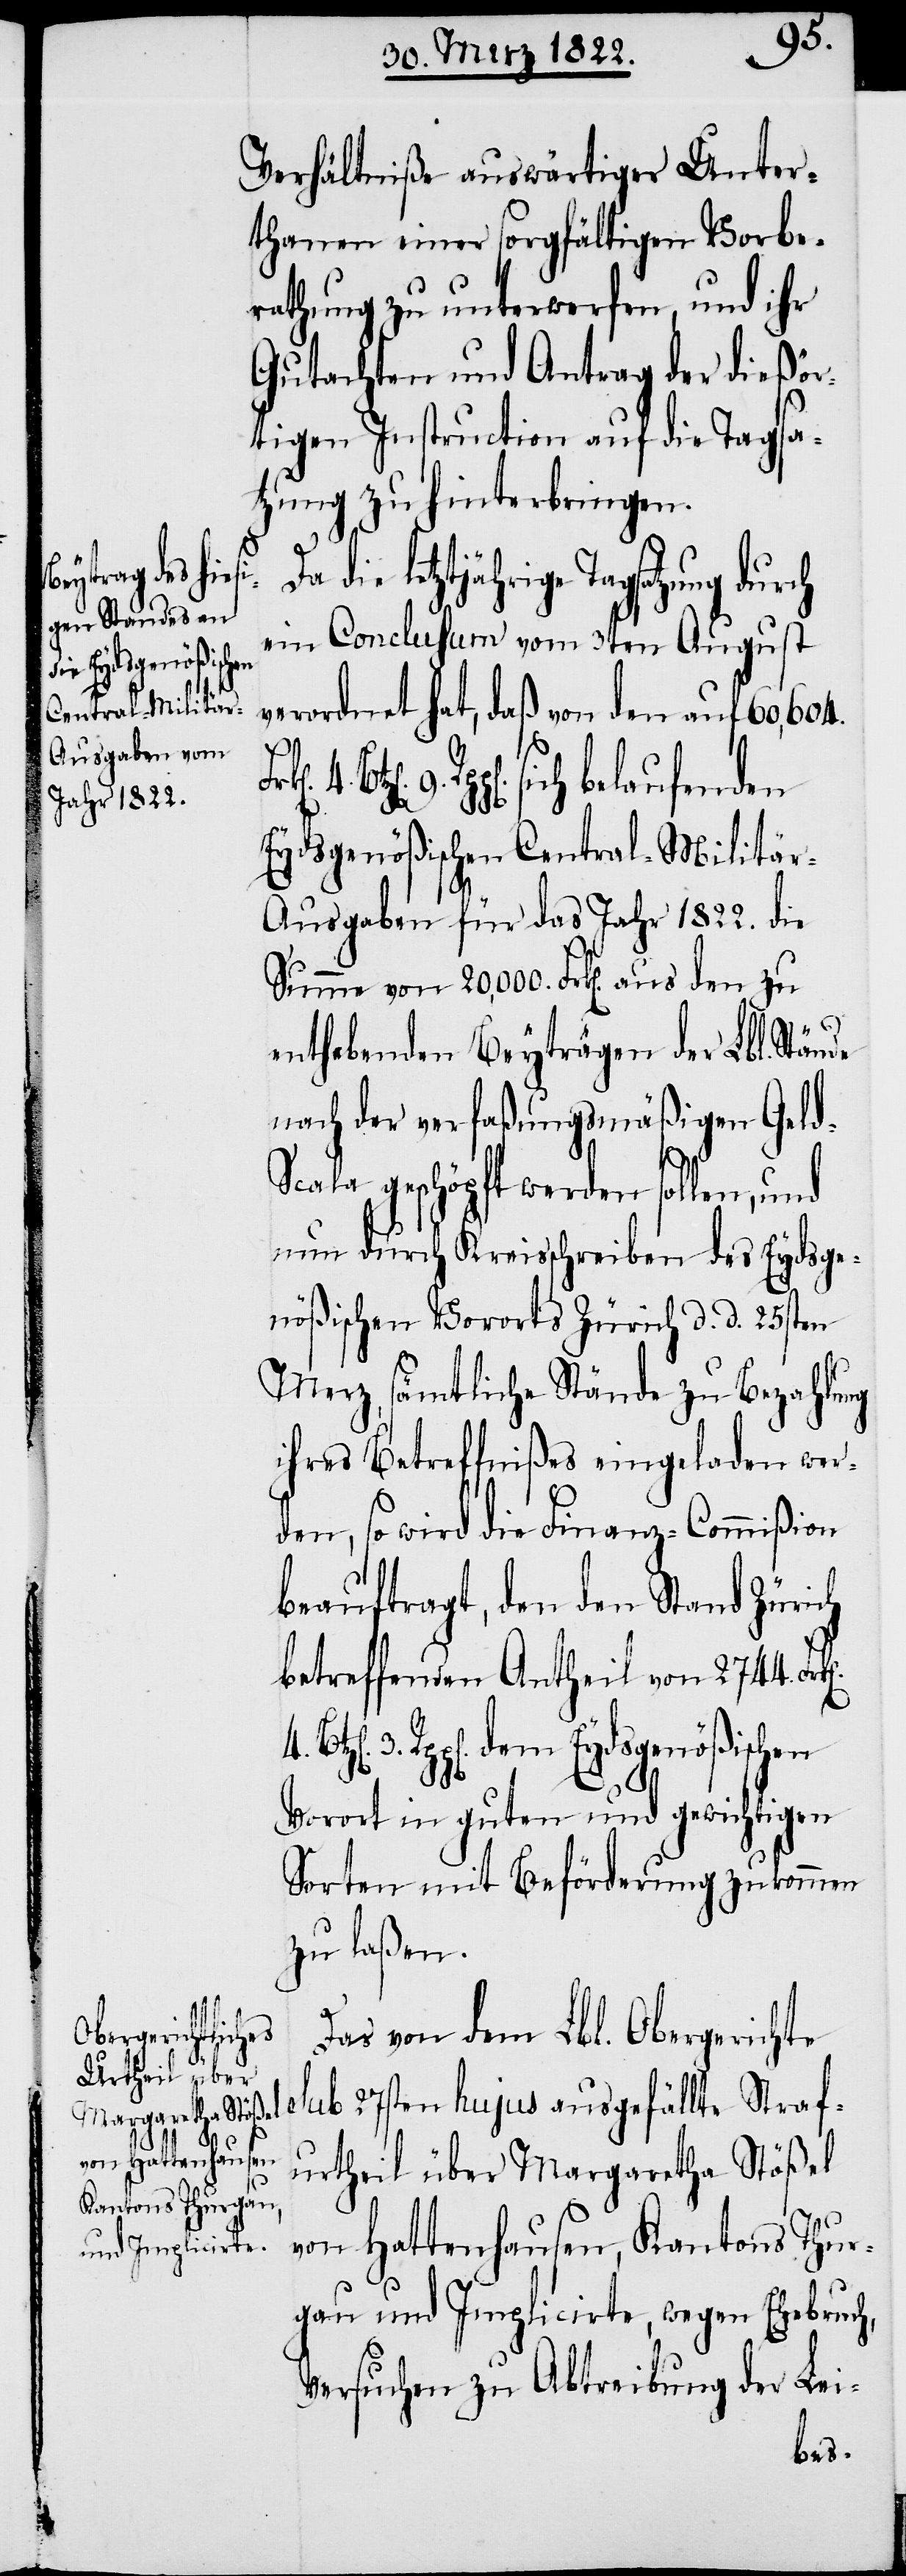
Verhältniße auswärtiger Unter¬
thanen einer sorgfältigen Vorbe¬
rathung zu unterwerfen, und ihr
Gutachten und Antrag der dießör¬
tigen Instruction auf die Tagsa¬
tzung zu hinterbringen.
letztjährige Tagsatzung durch
ein Conclusum vom 3ten August
verordnet hat, daß von den auf 60,604.
4.
Rpp[en]. sich belaufenden
Eydsgenößischen Central-Militä¬
r-Ausgaben für das Jahr 1822. die
Summe von 20,000. Frk[en]. aus den zu
enthebenden Beyträgen der Lbl. Stände
nach der verfaßungsmäßigen Gel¬
cala geschöpft werden sollen, und
nun durch Kreisschreiben des Eydsge¬
nößischen Vororts Zürich d. d. 25sten
Merz, sämtliche Stände zu Bezahlung
ihres Betreffnißes eingeladen wer¬
den, so wird die Finanz-Commißion
beauftragt, den den Stand Zürich
betreffenden Antheil von 2744. Fr¬
Rpp[en]. dem Eydsgenößischen
Vorort mit guten und gewichtigen
Sorten mit Beförderung zukommen
zu laßen.
Das von dem Lbl. Obergerichte
sub 27sten hujus ausgefällte Straf¬
urtheil über Margaretha Stößel
von Hattenhausen, Kantons Thur¬
gau und Implicirte, wegen Ehebruch,
Versuchen zu Abtreibung der Lei-